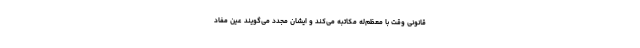
قانونی وقت با معظم‌له مکاتبه می‌کند و ایشان مجدد می‌گویند عین مفاد